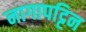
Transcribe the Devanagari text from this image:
नागापट्टिन